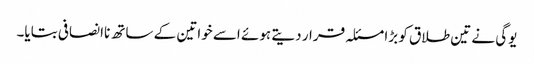
یوگی نے تین طلاق کو بڑا مسئلہ قرار دیتے ہوئے اسے خواتین کے ساتھ ناانصافی بتایا۔